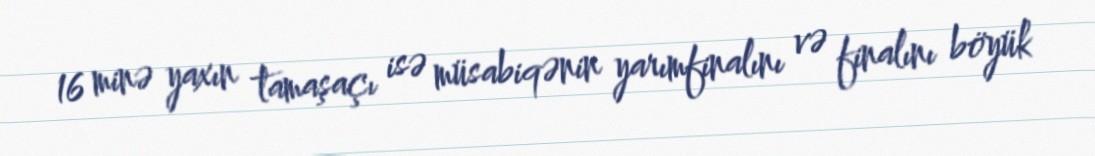
16 minə yaxın tamaşaçı isə müsabiqənin yarımfinalını və finalını böyük